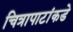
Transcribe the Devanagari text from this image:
चित्रापाटांकडे